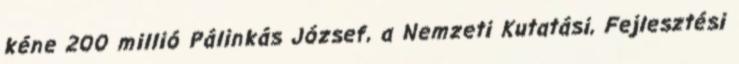
kéne 200 millió Pálinkás József, a Nemzeti Kutatási, Fejlesztési